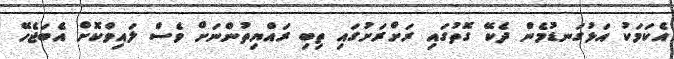
އެކަމަކު އަޅުގަނޑުމެން ދެކޭ ގޮތުގައި ރަށްރަށުގައި ތިބި ރައްޔިތުންނަށް ވެސް ލައިވްކޮށް އެބަޖެހޭ